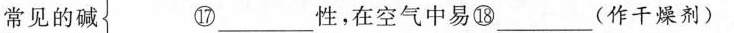
常见的碱 ⑰___性，在空气中易⑱___(作干燥剂)